Scientific memoirs by medical officers of the Army of India - Part V,
Year: 1890
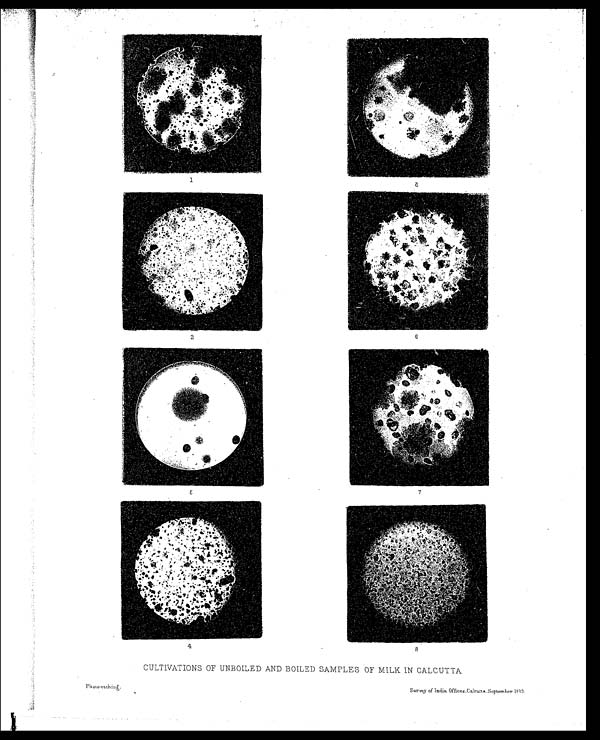
CULTIVATIONS OF UNBOILED AND BOILED SAMPLES OF MILK IN CALCUTTA
Photo-etching.
Survey of India Offices, Calcutta, September 1889.